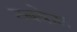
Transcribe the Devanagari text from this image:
दबकेस